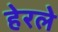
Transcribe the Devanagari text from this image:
हेरलेे